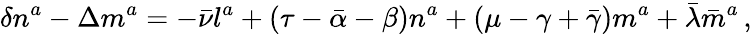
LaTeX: \delta n^{a}-\Delta m^{a}=-{\bar{\nu}}l^{a}+(\tau-{\bar{\alpha}}-\beta)n^{a}+(\mu-\gamma+{\bar{\gamma}})m^{a}+{\bar{\lambda}}{\bar{m}}^{a}\, ,